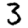
Digit: 3